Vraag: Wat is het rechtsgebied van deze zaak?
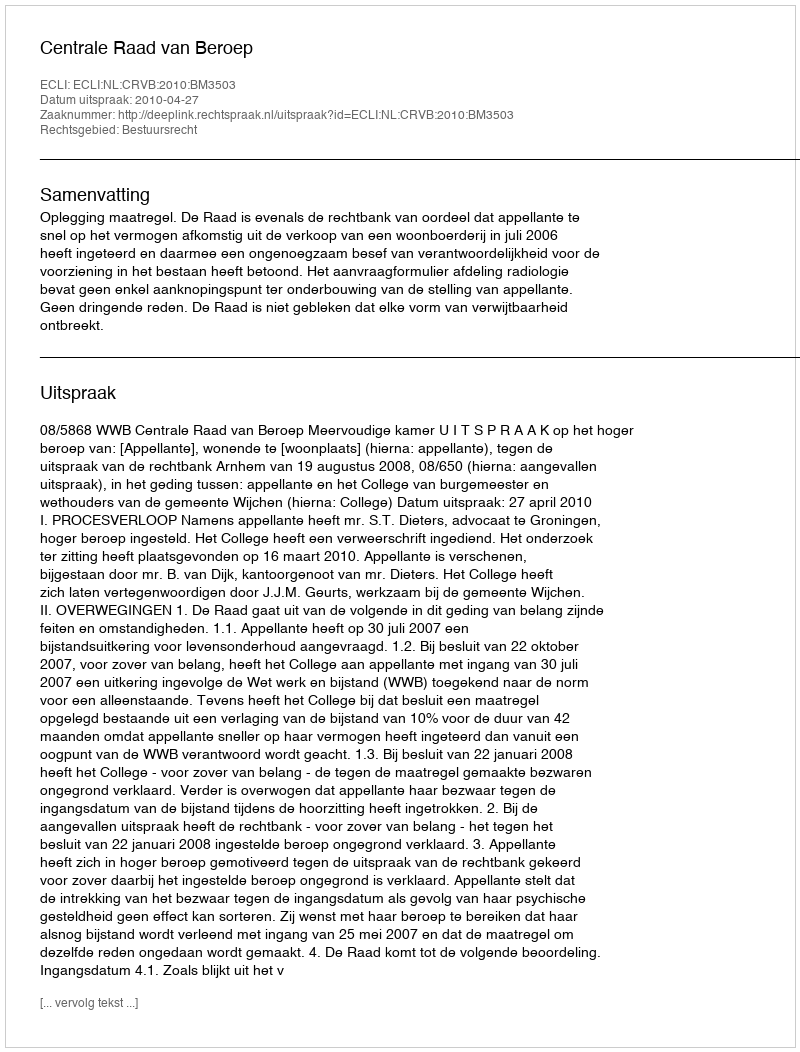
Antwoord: Bestuursrecht